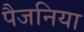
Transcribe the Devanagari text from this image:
पैजनिया